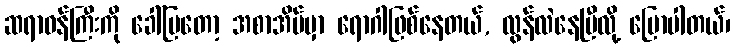
ဆရာဝန်ကြီးကို ခေါ်ပြတော့ အစာအိမ်မှာ ရောဂါဖြစ်နေတယ်, လွန်လဲနေပြီလို့ ပြောပါတယ်၊